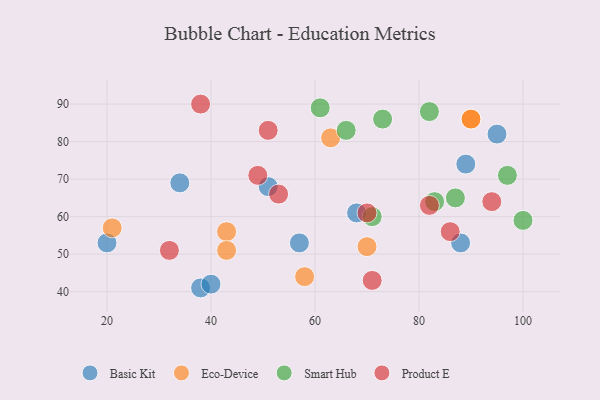
{"axis": {"x": "GDP", "y": "Life Expectancy"}, "legend": ["Basic Kit", "Eco-Device", "Product E", "Smart Hub"], "data": [{"x": "89", "y": 74, "type": "Basic Kit"}, {"x": "57", "y": 53, "type": "Basic Kit"}, {"x": "51", "y": 68, "type": "Basic Kit"}, {"x": "38", "y": 41, "type": "Basic Kit"}, {"x": "68", "y": 61, "type": "Basic Kit"}, {"x": "88", "y": 53, "type": "Basic Kit"}, {"x": "34", "y": 69, "type": "Basic Kit"}, {"x": "20", "y": 53, "type": "Basic Kit"}, {"x": "95", "y": 82, "type": "Basic Kit"}, {"x": "40", "y": 42, "type": "Basic Kit"}, {"x": "21", "y": 57, "type": "Eco-Device"}, {"x": "90", "y": 86, "type": "Eco-Device"}, {"x": "90", "y": 86, "type": "Eco-Device"}, {"x": "63", "y": 81, "type": "Eco-Device"}, {"x": "70", "y": 52, "type": "Eco-Device"}, {"x": "43", "y": 56, "type": "Eco-Device"}, {"x": "58", "y": 44, "type": "Eco-Device"}, {"x": "43", "y": 51, "type": "Eco-Device"}, {"x": "97", "y": 71, "type": "Smart Hub"}, {"x": "82", "y": 88, "type": "Smart Hub"}, {"x": "73", "y": 86, "type": "Smart Hub"}, {"x": "61", "y": 89, "type": "Smart Hub"}, {"x": "87", "y": 65, "type": "Smart Hub"}, {"x": "83", "y": 64, "type": "Smart Hub"}, {"x": "100", "y": 59, "type": "Smart Hub"}, {"x": "71", "y": 60, "type": "Smart Hub"}, {"x": "66", "y": 83, "type": "Smart Hub"}, {"x": "51", "y": 83, "type": "Product E"}, {"x": "53", "y": 66, "type": "Product E"}, {"x": "32", "y": 51, "type": "Product E"}, {"x": "86", "y": 56, "type": "Product E"}, {"x": "82", "y": 63, "type": "Product E"}, {"x": "49", "y": 71, "type": "Product E"}, {"x": "70", "y": 61, "type": "Product E"}, {"x": "38", "y": 90, "type": "Product E"}, {"x": "71", "y": 43, "type": "Product E"}, {"x": "94", "y": 64, "type": "Product E"}]}